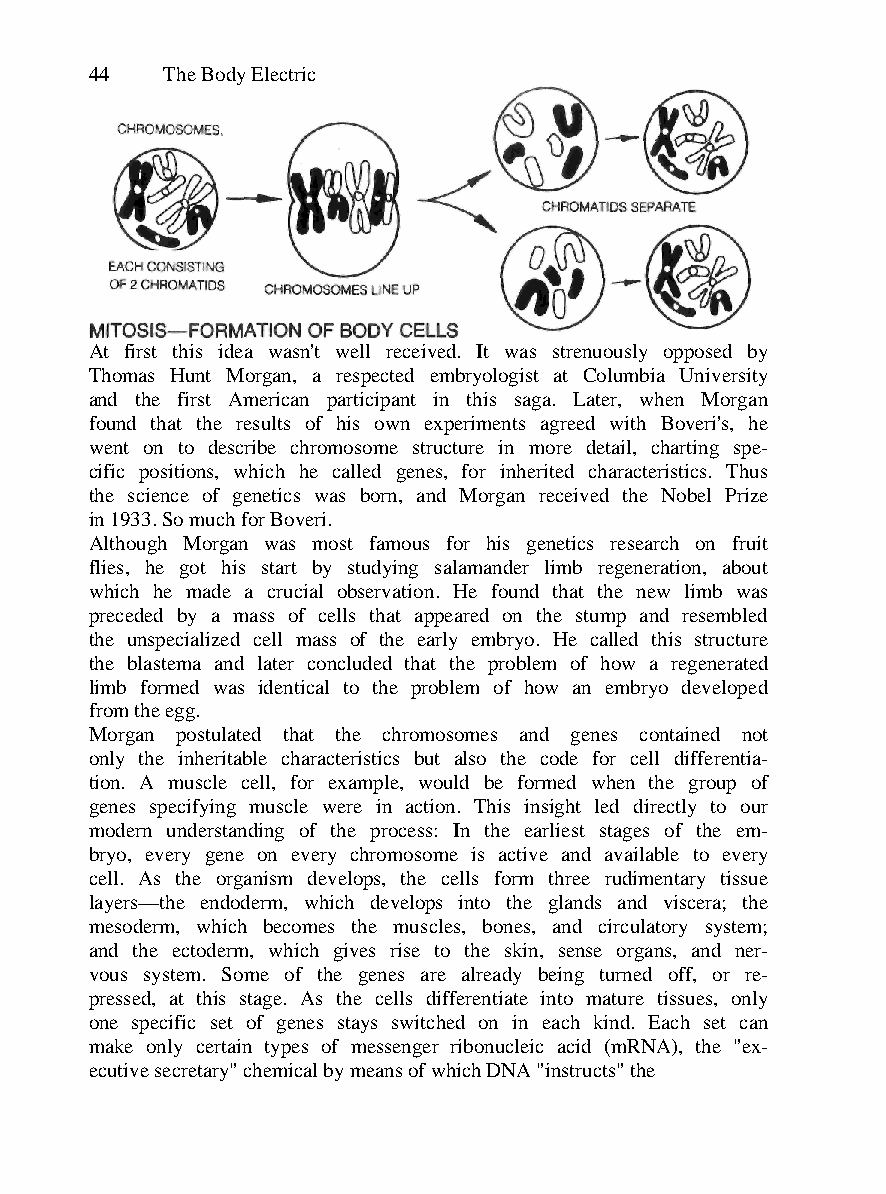
44   The Body Electric
 At first this idea wasn't well received. It was strenuously opposed by
 Thomas Hunt Morgan, a respected embryologist at Columbia University
 and the first American participant in this saga. Later, when Morgan
 found that the results of his own experiments agreed with Boveri's, he
 went on to describe chromosome structure in more detail, charting spe-
 cific positions, which he called genes, for inherited characteristics. Thus
 the science of genetics was born, and Morgan received the Nobel Prize
 in 1933. So much for Boveri.
 Although Morgan was most famous for his genetics research on fruit
 flies, he got his start by studying salamander limb regeneration, about
 which he made a crucial observation. He found that the new limb was
 preceded by a mass of cells that appeared on the stump and resembled
 the unspecialized cell mass of the early embryo. He called this structure
 the blastema and later concluded that the problem of how a regenerated
 limb formed was identical to the problem of how an embryo developed
 from the egg.
 Morgan postulated that the chromosomes and genes contained not
 only the inheritable characteristics but also the code for cell differentia-
 tion. A muscle cell, for example, would be formed when the group of
 genes specifying muscle were in action. This insight led directly to our
 modern understanding of the process: In the earliest stages of the em-
 bryo, every gene on every chromosome is active and available to every
 cell. As the organism develops, the cells form three rudimentary tissue
 layers—the endoderm, which develops into the glands and viscera; the
 mesoderm, which becomes the muscles, bones, and circulatory system;
 and the ectoderm, which gives rise to the skin, sense organs, and ner-
 vous system. Some of the genes are already being turned off, or re-
 pressed, at this stage. As the cells differentiate into mature tissues, only
 one specific set of genes stays switched on in each kind. Each set can
 make only certain types of messenger ribonucleic acid (mRNA), the "ex-
 ecutive secretary" chemical by means of which DNA "instructs" the